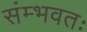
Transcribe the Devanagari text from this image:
संम्भवतः